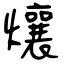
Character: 爙